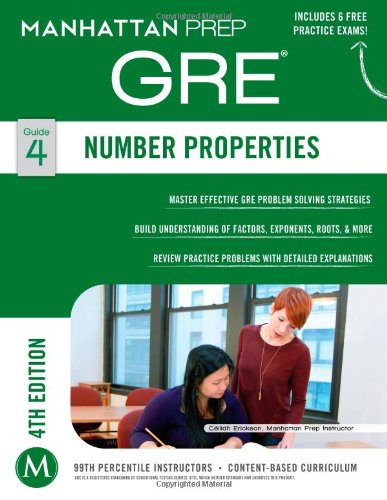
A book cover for GRE Number Properties (Manhattan Prep GRE Strategy Guides); Manhattan Prep; Test Preparation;